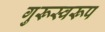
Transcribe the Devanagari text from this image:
गुरूस्वरूप